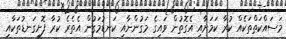
މަސައްކަތްތަކެއް ކުރާ ކަމަށާއި އެގޮތުން ވައިގެ މަގުންނާއި ކަނޑުމަގުން އެތެރެ ކުރާ ފޮށިގަނޑުތަކާއި